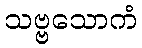
သဗ္ဗသောကံ